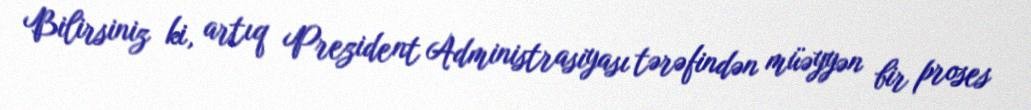
Bilirsiniz ki, artıq Prezident Administrasiyası tərəfindən müəyyən bir proses